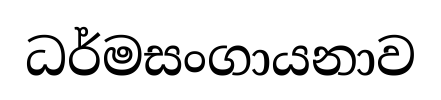
ධර්මසංගායනාව